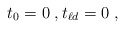
\begin{align*}t_0 = 0 \;, t_{\ell d} = 0 \;,\end{align*}